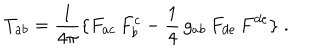
LaTeX: T _ { a b } = { \frac { 1 } { 4 \pi } } \{ F _ { a c } \, F _ { b } ^ { c } - { \frac { 1 } { 4 } } \, g _ { a b } \, F _ { d e } \, F ^ { d e } \} \; .